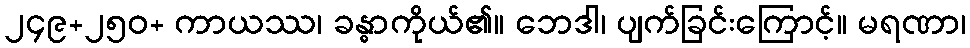
၂၄၉+၂၅၀+ ကာယဿ၊ ခန္ဓာကိုယ်၏။ ဘေဒါ၊ ပျက်ခြင်းကြောင့်။ မရဏာ၊